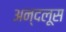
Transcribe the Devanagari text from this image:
अन्दलूस